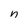
Character: n